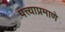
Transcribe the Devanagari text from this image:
पत्त्याप्रमाणे